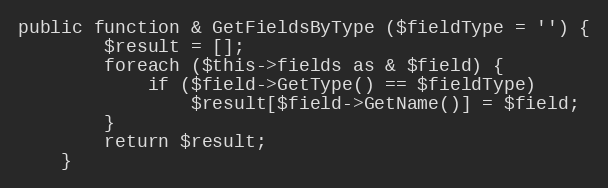
Language: PHP
public function & GetFieldsByType ($fieldType = '') {
		$result = [];
		foreach ($this->fields as & $field) {
			if ($field->GetType() == $fieldType)
				$result[$field->GetName()] = $field;
		}
		return $result;
	}